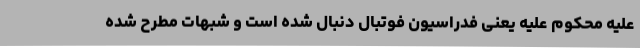
علیه محکوم علیه یعنی فدراسیون فوتبال دنبال شده است و شبهات مطرح شده